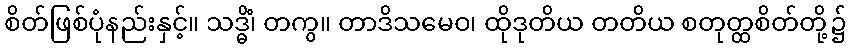
စိတ်ဖြစ်ပုံနည်းနှင့်။ သဒ္ဓိံ၊ တကွ။ တာဒိသမေဝ၊ ထိုဒုတိယ တတိယ စတုတ္ထစိတ်တို့၌